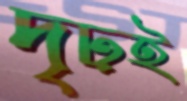
দৃঢ়ই